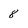
Character: 8